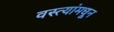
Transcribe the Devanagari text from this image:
वस्त्यांमधून